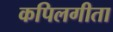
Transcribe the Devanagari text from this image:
कपिलगीता